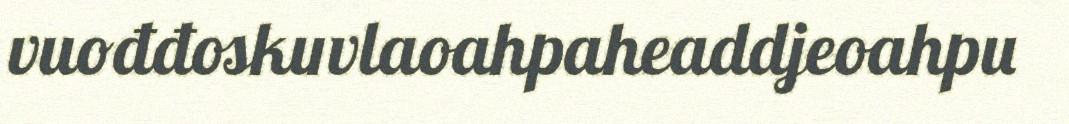
vuođđoskuvlaoahpaheaddjeoahpu